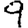
Digit: 9